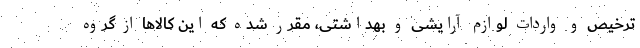
ترخیص و واردات لوازم آرایشی و بهداشتی، مقرر شده که این کالاها از گروه